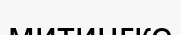
митингке